Insane asylums in Bengal annual reports 1876-1887 - 1876-1887
Year: 1876
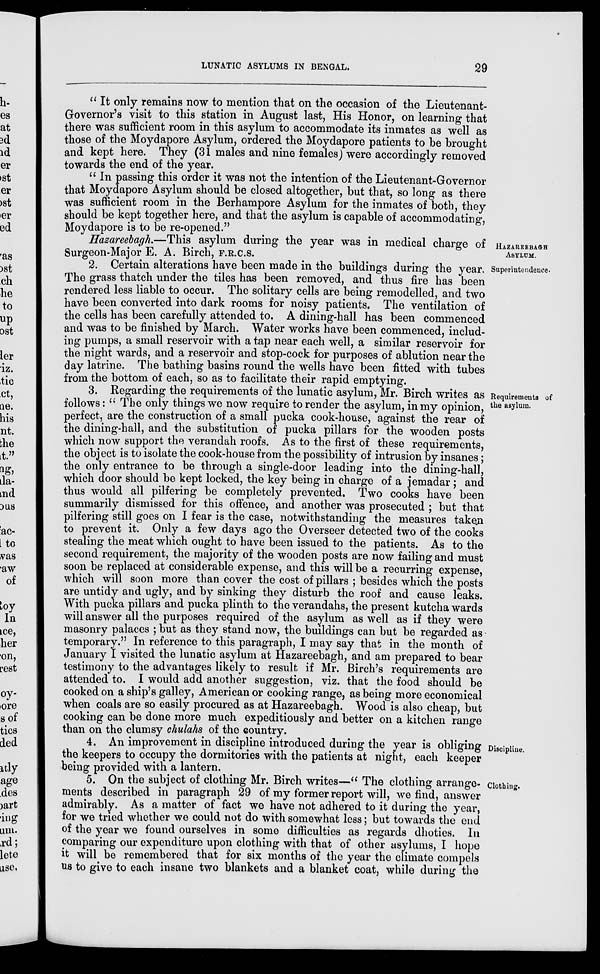
LUNATIC ASYLUMS IN BENGAL.
29
" It only remains now to mention that on the occasion of the Lieutenant-
Governor's visit to this station in August last, His Honor, on learning that
there was sufficient room in this asylum to accommodate its inmates as well as
those of the Moydapore Asylum, ordered the Moydapore patients to be brought
and kept here. They (31 males and nine females) were accordingly removed
towards the end of the year.
" In passing this order it was not the intention of the Lieutenant-Governor
that Moydapore Asylum should be closed altogether, but that, so long as there
was sufficient room in the Berhampore Asylum for the inmates of both, they
should be kept together here, and that the asylum is capable of accommodating,
Moydanore is to be re-opened."
HAZAREEBAGH
ASYLUM.
Hazareebagh.—This asylum during the year was in medical charge of
Surgeon-Major E. A. Birch, F.R.C.S.
Superintendence.
2. Certain alterations have been made in the buildings during the year.
The grass thatch under the tiles has been removed, and thus fire has been
rendered less liable to occur. The solitary cells are being remodelled, and two
have been converted into dark rooms for noisy patients. The ventilation of
the cells has been carefully attended to. A dining-hall has been commenced
and was to be finished by March. Water works have been commenced, includ-
ing pumps, a small reservoir with a tap near each well, a similar reservoir for
the night wards, and a reservoir and stop-cock for purposes of ablution near the
day latrine. The bathing basins round the wells have been fitted with tubes
from the bottom of each, so as to facilitate their rapid emptying.
Requirements of
the asylum.
3. Regarding the requirements of the lunatic asylum, Mr. Birch writes as
follows: " The only things we now require to render the asylum, in my opinion,
perfect, are the construction of a small pucka cook-house, against the rear of
the dining-hall, and the substitution of pucka pillars for the wooden posts
which now support the verandah roofs. As to the first of these requirements,
the object is to isolate the cook-house from the possibility of intrusion by insanes;
the only entrance to be through a single-door leading into the dining-hall,
which door should be kept locked, the key being in charge of a jemadar; and
thus would all pilfering be completely prevented. Two cooks have been
summarily dismissed for this offence, and another was prosecuted ; but that
pilfering still goes on I fear is the case, notwithstanding the measures taken
to prevent it. Only a few days ago the Overseer detected two of the cooks
stealing the meat which ought to have been issued to the patients. As to the
second requirement, the majority of the wooden posts are now failing and must
soon be replaced at considerable expense, and this will be a recurring expense,
which will soon more than cover the cost of pillars ; besides which the posts
are untidy and ugly, and by sinking they disturb the roof and cause leaks.
With pucka pillars and pucka plinth to the verandahs, the present kutcha wards
will answer all the purposes required of the asylum as well as if they were
masonry palaces ; but as they stand now, the buildings can but be regarded as
temporary." In reference to this paragraph, I may say that in the month of
January I visited the lunatic asylum at Hazareebagh, and am prepared to bear
testimony to the advantages likely to result if Mr. Birch's requirements are
attended to. I would add another suggestion, viz. that the food should be
cooked on a ship's galley, American or cooking range, as being more economical
when coals are so easily procured as at Hazareebagh. Wood is also cheap, but
cooking can be done more much expeditiously and better on a kitchen range
than on the clumsy chulahs of the country.
Discipline.
4. An improvement in discipline introduced during the year is obliging
the keepers to occupy the dormitories with the patients at night, each keeper
being provided with a lantern.
Clothing.
5. On the subject of clothing Mr. Birch writes—" The clothing arrange-
ments described in paragraph 29 of my former report will, we find, answer
admirably. As a matter of fact we have not adhered to it during the year,
for we tried whether we could not do with somewhat less; but towards the end
of the year we found ourselves in some difficulties as regards dhoties. In
comparing our expenditure upon clothing with that of other asylums, I hope
it will be remembered that for six months of the year the climate compels
us to give to each insane two blankets and a blanket coat, while during the